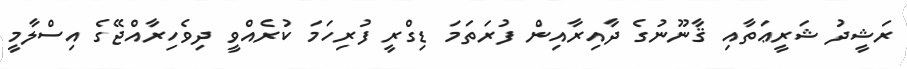
ރަޝީދު ޝަރީޢަތާއި ޤާނޫނުގެ ދާއިރާއިން ފުރަތަމަ ޑިގްރީ ފުރިހަމަ ކުރެއްވީ ދިވެހިރާއްޖޭގެ އިސްލާމީ